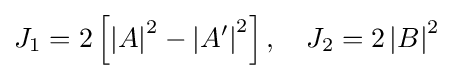
J_{1}=2\left[\left|A\right|^{2}-\left|A'\right|^{2}\right],\quad J_{2}=2\left|B\right|^{2}